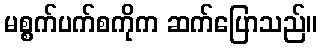
မစ္စက်ပက်စကိုက ဆက်ပြောသည်။